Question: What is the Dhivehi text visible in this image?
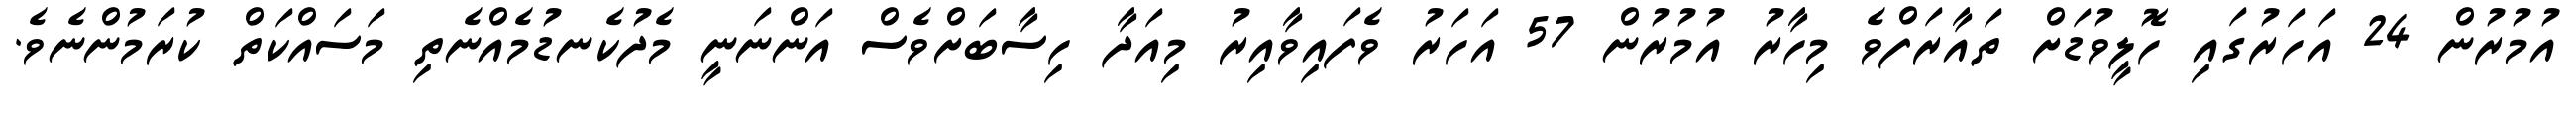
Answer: އުމުރުން 24 އަހަރުގައި ހޮލީވުޑަށް ތައާރަފްވެ މިހާރު އުމުރުން 57 އަހަރު ވެފައިވާއިރު މިއަދާ ހިސާބަށްވެސް އަންނަނީ މެދުކެނޑުމެއްނެތި މަސައްކަތް ކުރަމުންނެވެ.